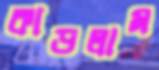
কাড়লাম